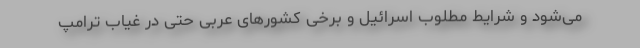
می‌شود و شرایط مطلوب اسرائیل و برخی کشور‌های عربی حتی در غیاب ترامپ